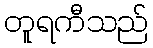
တူရကီသည်